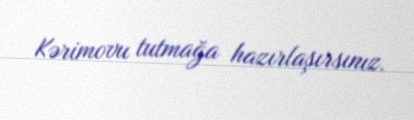
Kərimovu tutmağa hazırlaşırsınız.